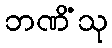
ဘဏိံသု